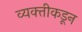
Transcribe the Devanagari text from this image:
व्यक्‍तीकडून